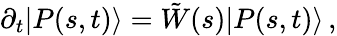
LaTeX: \partial_{t}|P(s,t)\rangle=\tilde{W}(s)|P(s,t)\rangle\, ,